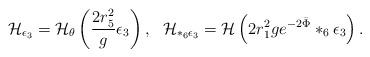
LaTeX: \begin{align*}{\cal H}_{\epsilon_3} = {\cal H}_{\theta} \left ({ 2 r_5^2 \over g} \epsilon_3\right ), ~~{\cal H}_{*_6\epsilon_3} = {\cal H} \left (2 r_1^2 g e^{-2 \bar\Phi}*_6 \epsilon_3\right ).\end{align*}